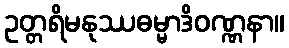
ဥတ္တရိမနုဿဓမ္မာဒိဝဏ္ဏနာ။